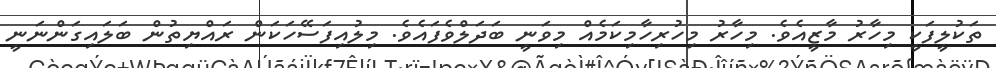
ތަކުލީފަކީ މިހާރު މާޒީއެވެ. މިހާރު މިހުރިހާމިކަމެއް މިވަނީ ބަދަލްވެފައެވެ. މިލުއިފަސޭހަކަން ރައްޔިތުން ބަލައިގަންނަނީ